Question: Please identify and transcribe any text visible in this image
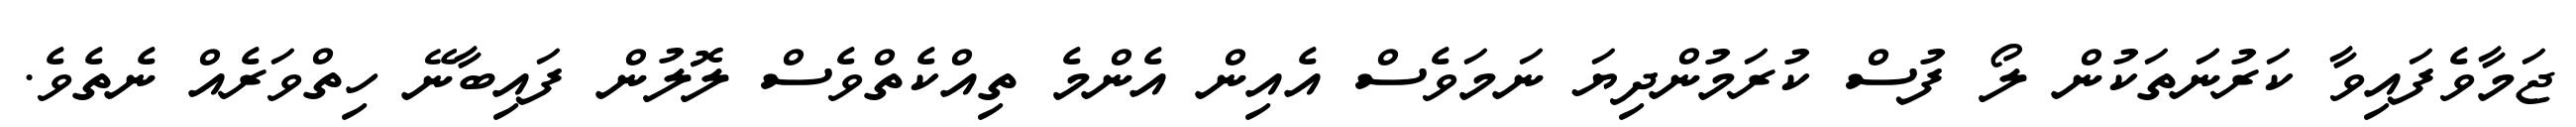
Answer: ޖަމާވެފައިވާ ކަރުނަަތަކުން ލޯ ފުސް ކުރަމުންދިޔަ ނަމަވެސް އެއިން އެންމެ ތިއްކެތްވެސް ލޮލުން ފައިބާނޭ ހިތްވަރެއް ނެތެވެ.